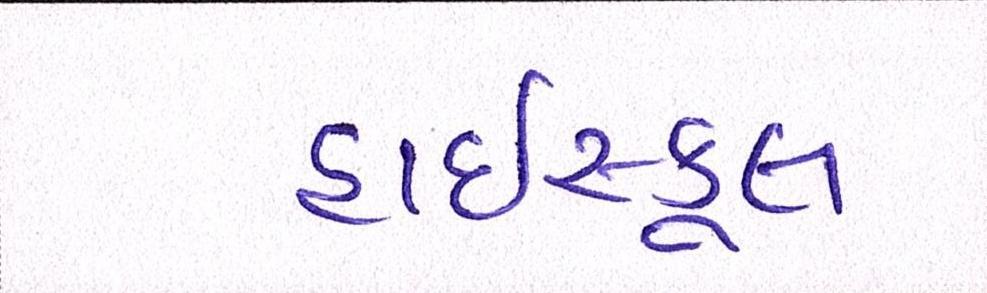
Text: હાઇસ્કૂલ